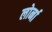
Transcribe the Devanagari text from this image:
लोर्ना